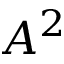
A ^ { 2 }